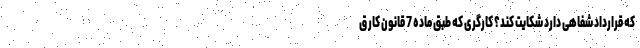
که قرارداد شفاهی دارد شکایت کند؟ کارگری که طبق ماده 7 قانون کار ق